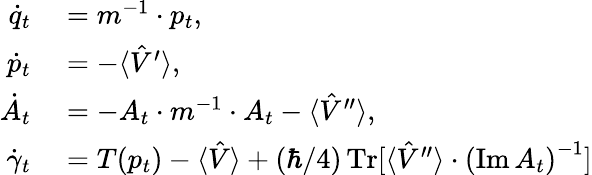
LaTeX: \begin{array}{rl}{\dot{q}_{t}}&{{}=m^{-1}\cdot p_{t},}\\ {\dot{p}_{t}}&{{}=-\langle\hat{V}^{\prime}\rangle,}\\ {\dot{A}_{t}}&{{}=-A_{t}\cdot m^{-1}\cdot A_{t}-\langle\hat{V}^{\prime\prime}\rangle,}\\ {\dot{\gamma}_{t}}&{{}=T(p_{t})-\langle\hat{V}\rangle+(\hbar/4)\operatorname*{Tr}[\langle\hat{V}^{\prime\prime}\rangle\cdot\left(\operatorname{Im}A_{t}\right)^{-1}]}\end{array}